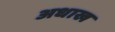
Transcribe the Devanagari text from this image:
अधाख